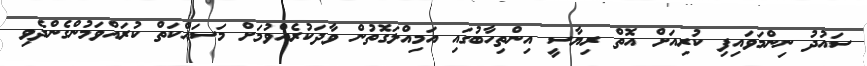
ސައުދު ނިންމަވައިފި ކުރިއަށް އޮތް ރިޔާސީ އިންތިހާބުގައި އަމިއްލަގޮތުން ވާދަކުރެއްވުމަށް މަސައްކަތް ކުރައްވަމުންގެންދެވި